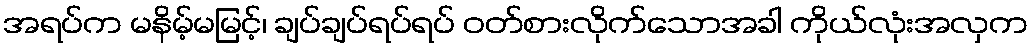
အရပ်က မနိမ့်မမြင့်၊ ချပ်ချပ်ရပ်ရပ် ဝတ်စားလိုက်သောအခါ ကိုယ်လုံးအလှက